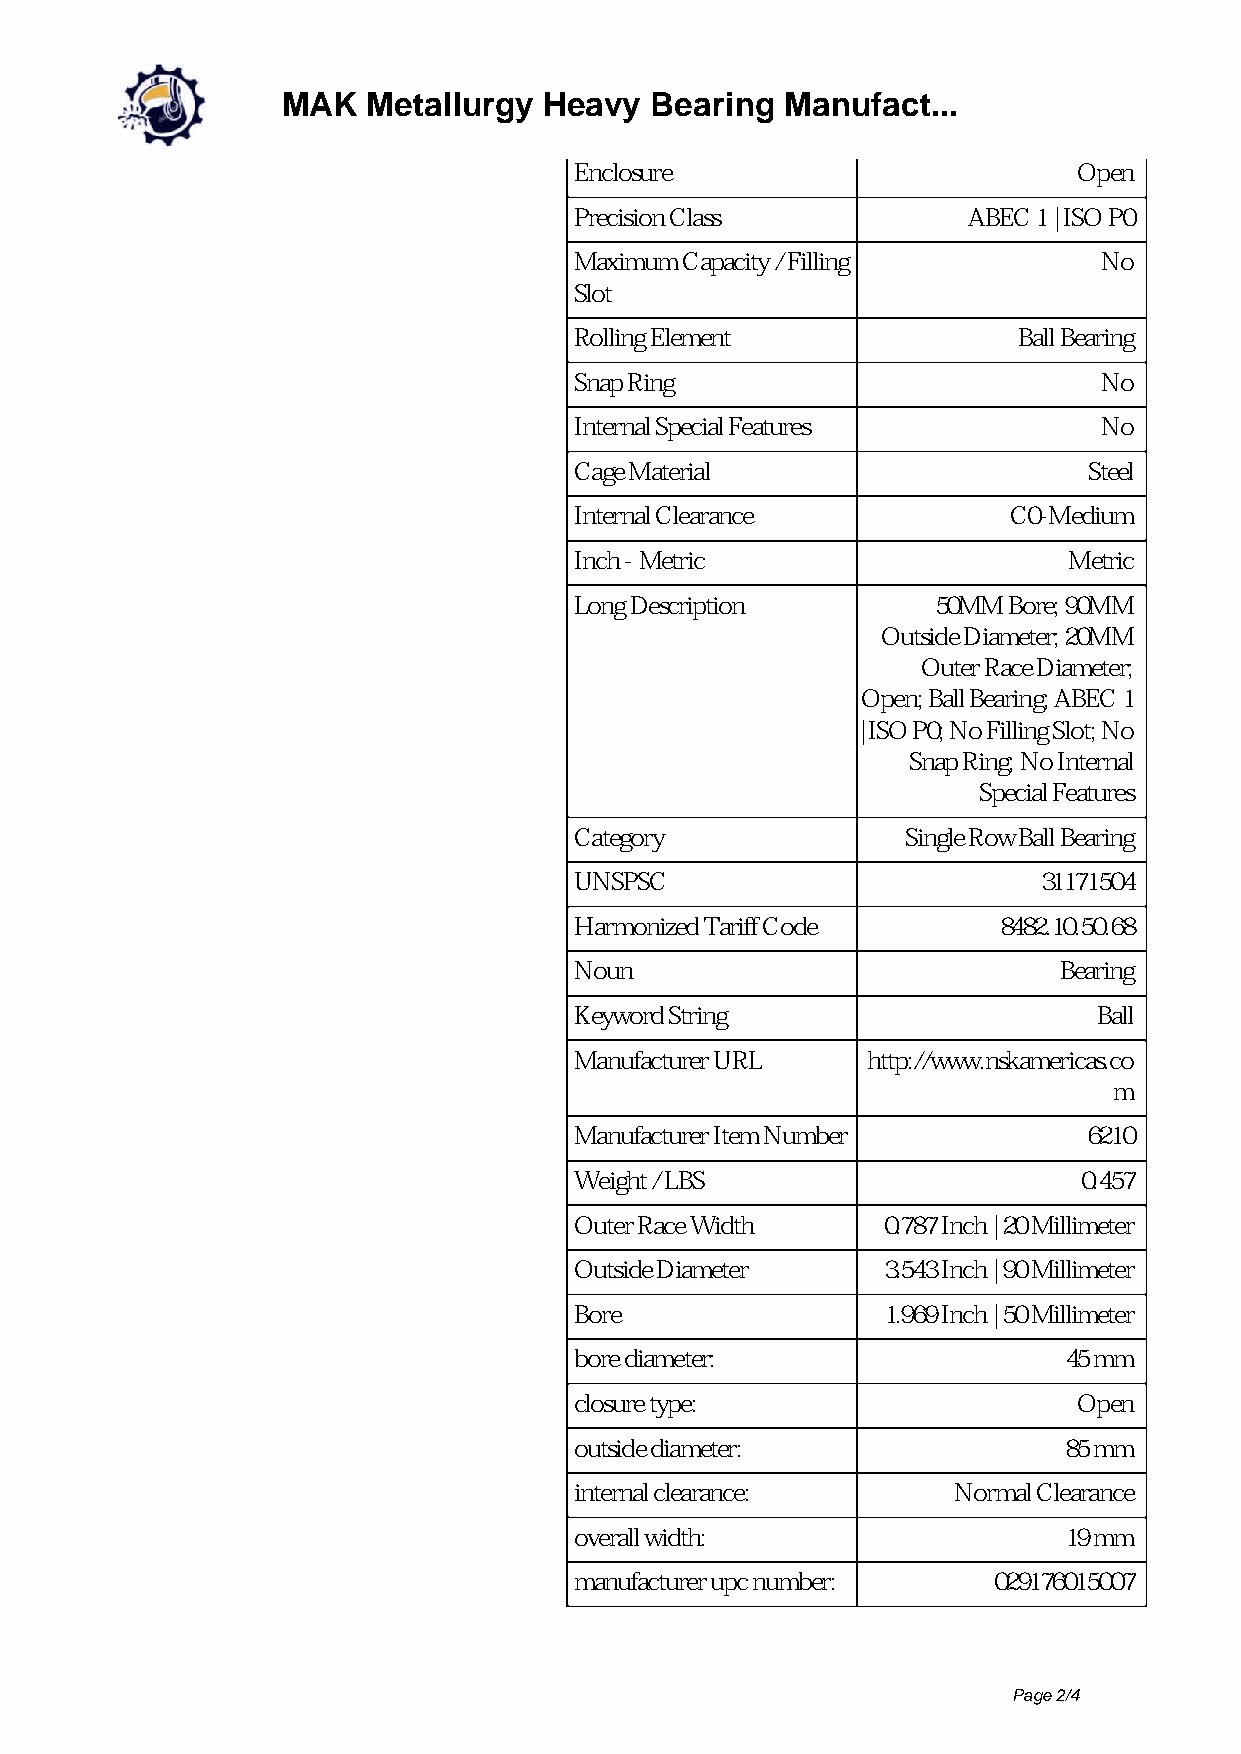
MAK  Metallurgy  Heavy  Bearing  Manufact...
 Enclosure                        Open
 Precision Class           ABEC 1 | ISO P0
 Maximum Capacity / Filling         No
 Slot
 Rolling Element              Ball Bearing
 Snap Ring                          No
 Internal Special Features          No
 Cage Material                     Steel
 Internal Clearance           C0-Medium
 Inch - Metric                    Metric
 Long Description        50MM Bore; 90MM
 Outside Diameter; 20MM
 Outer Race Diameter;
 Open; Ball Bearing; ABEC 1
 | ISO P0; No Filling Slot; No
 Snap Ring; No Internal
 Special Features
 Category              Single Row Ball Bearing
 UNSPSC                         31171504
 Harmonized Tariff Code      8482.10.50.68
 Noun                            Bearing
 Keyword String                     Ball
 Manufacturer URL   http://www.nskamericas.co
 m
 Manufacturer Item Number          6210
 Weight / LBS                      0.457
 Outer Race Width    0.787 Inch | 20 Millimeter
 Outside Diameter    3.543 Inch | 90 Millimeter
 Bore                1.969 Inch | 50 Millimeter
 bore diameter:                  45 mm
 closure type:                    Open
 outside diameter:               85 mm
 internal clearance:      Normal Clearance
 overall width:                  19 mm
 manufacturer upc number:    029176015007
 Page 2/4